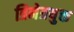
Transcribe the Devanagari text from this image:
त्रिनेत्रयुक्त